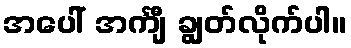
အပေါ် အင်္ကျီ ချွတ်လိုက်ပါ။